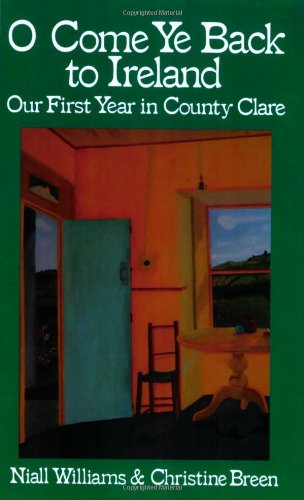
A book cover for O Come Ye Back to Ireland: Our First Year in County Clare; Niall Williams; Biographies & Memoirs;